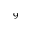
^ { 9 }